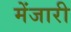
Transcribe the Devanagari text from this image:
मेंजारी